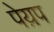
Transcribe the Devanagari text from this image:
पेय़प